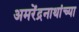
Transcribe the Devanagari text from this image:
अमरेंद्रनाथांच्या